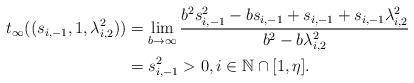
LaTeX: \begin{align*}t_{\infty}((s_{i,-1},1,\lambda_{i,2}^{2})) &= \lim_{b\to\infty} \frac{b^{2}s_{i,-1}^{2}-bs_{i,-1}+s_{i,-1}+s_{i,-1}\lambda_{i,2}^{2}}{b^{2}-b\lambda_{i,2}^{2}} \\&= s_{i,-1}^{2} > 0, i\in\mathbb{N}\cap[1,\eta].\end{align*}